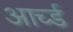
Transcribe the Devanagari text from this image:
आर्च्ड